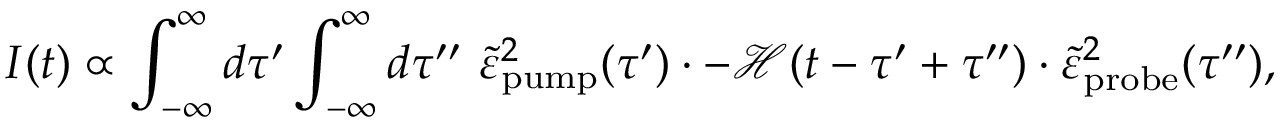
I ( t ) \propto \int _ { - \infty } ^ { \infty } d \tau ^ { \prime } \int _ { - \infty } ^ { \infty } d \tau ^ { \prime \prime } ~ \tilde { \varepsilon } _ { \mathrm { p u m p } } ^ { 2 } ( \tau ^ { \prime } ) \cdot - \mathcal { H } ( t - \tau ^ { \prime } + \tau ^ { \prime \prime } ) \cdot \tilde { \varepsilon } _ { \mathrm { p r o b e } } ^ { 2 } ( \tau ^ { \prime \prime } ) ,